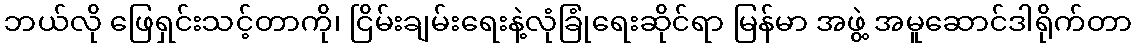
ဘယ်လို ဖြေရှင်းသင့်တာကို၊ ငြိမ်းချမ်းရေးနဲ့လုံခြုံရေးဆိုင်ရာ မြန်မာ အဖွဲ့ အမူဆောင်ဒါရိုက်တာ